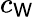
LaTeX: c_{\mathsf{W}}